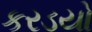
કરડયો